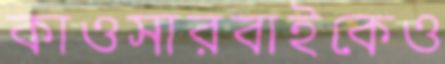
কাওসারবাইকেও